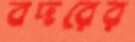
বদরের